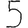
Digit: 5